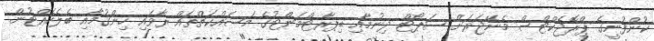
ކުންފުނީގެ ޕްރޮޖެކްޓްސް މެނޭޖަރަށް ސަޕޯޓް ދިނުމާއި ޑިޕާރޓްމަންޓުގެ މަސައްކަތްތައް ރާވައި ހިންގުމާއި ބެލެހެއްޓުން.